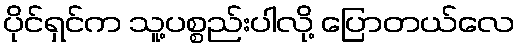
ပိုင်ရှင်က သူ့ပစ္စည်းပါလို့ ပြောတယ်လေ